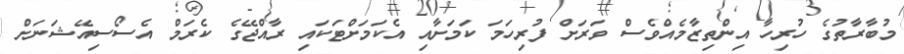
މުބާރާތުގެ ހުރިހާ އިންތިޒާމެއްވެސް ވަރަށް ފުރިހަމަ ކަމަށާއި އެކަމަށްޓަކައި ރާއްޖޭގެ ކެރަމް އެސޯސިއޭޝަނަށް